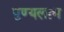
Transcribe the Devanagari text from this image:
पुण्यलाभ